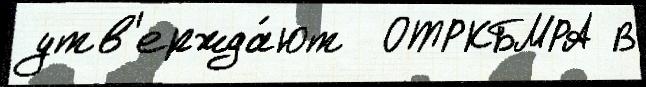
утв'ержда́ют  ОТРКБМРА В